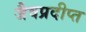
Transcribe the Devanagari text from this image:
जैवप्रदीप्त